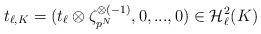
LaTeX: \begin{align*}t_{\ell,K}=(t_{\ell} \otimes \zeta_{p^{N}}^{\otimes (-1)},0,...,0) \in {\cal H}_{\ell}^{2}(K)\end{align*}